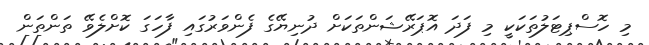
މި ހޮސްޕިޓަލުތަކަކީ މި ފަދަ އޮޕަރޭޝަންތަކަށް ދުނިޔޭގެ ފެންވަރުގައި ފާހަގަ ކޮށްލެވޭ ތަންތަން